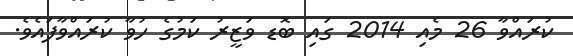
ކުރައްވާ 26 މެއި 2014 ގައި ބޮޑ ވަޒީރު ކަމުގެ ހުވާ ކުރައްވާފައެވެ.